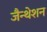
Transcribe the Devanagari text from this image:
जैन्थेशन